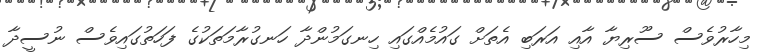
މިހާރުވެސް ސޫރިޔާ އާއި އަރަބި އެތަށް ގައުމެއްގައި ހިނގަމުންދާ ހަނގުރާމަތަކުގެ ފަހަތުގައިވެސް ނުސީދާ